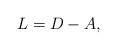
LaTeX: \begin{align*} L= D - A, \end{align*}